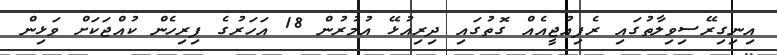
އިނިގިރޭސިވިލާތުގައި ރެފިއުޖީއެއް ގޮތުގައި ދިރިއުޅޭ އުމުރުން 18 އަހަރުގެ ފިރިހެން ކުއްޖަކަށް ވަޅިން